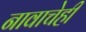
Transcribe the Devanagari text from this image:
नावाचेही